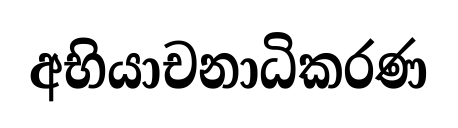
අභියාචනාධිකරණ